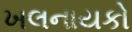
ખલનાયકો